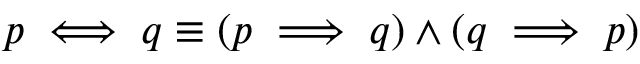
p \iff q \equiv ( p \implies q ) \wedge ( q \implies p )